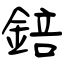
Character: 錇